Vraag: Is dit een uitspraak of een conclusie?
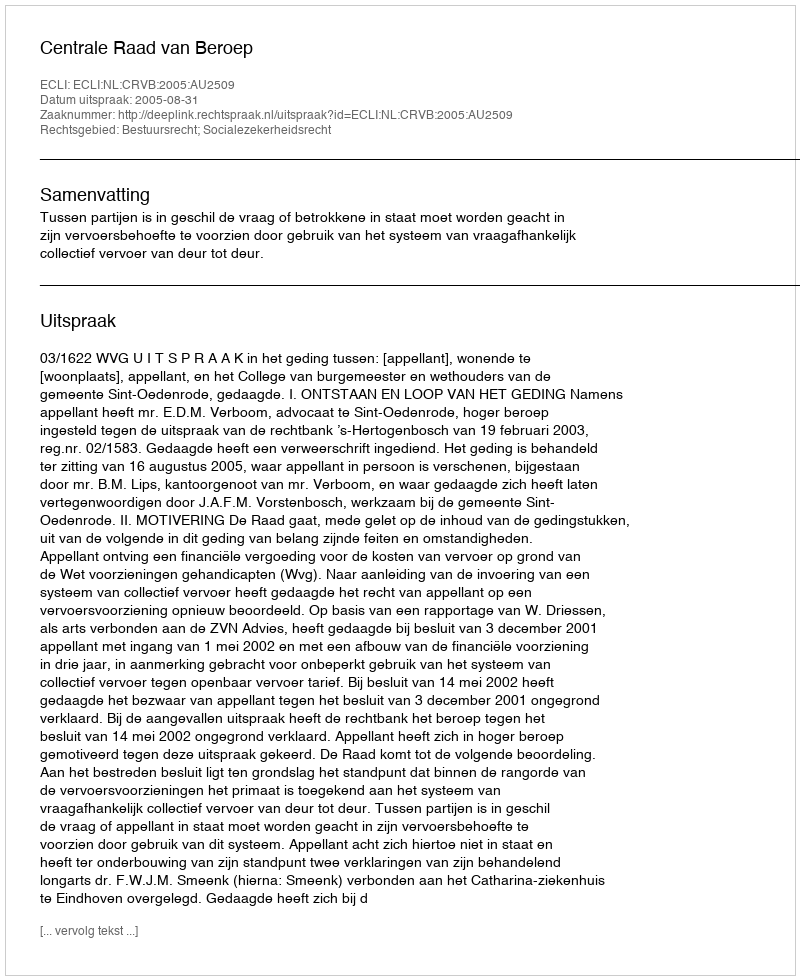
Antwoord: Uitspraak